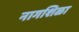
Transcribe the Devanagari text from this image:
नागशिळा